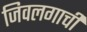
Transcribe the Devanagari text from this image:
जिवलगाची